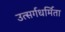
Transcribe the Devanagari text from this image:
उत्सर्गधर्मिता